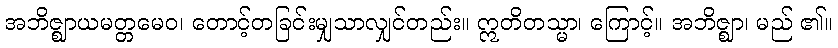
အဘိဇ္ဈာယမတ္တမေဝ၊ တောင့်တခြင်းမျှသာလျှင်တည်း။ ဣတိတသ္မာ၊ ကြောင့်။ အဘိဇ္ဈာ၊ မည် ၏။